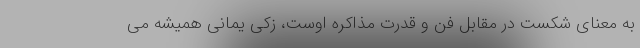
به معنای شکست در مقابل فن و قدرت مذاکره اوست، زکی یمانی همیشه می‌